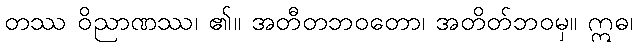
တဿ ဝိညာဏဿ၊ ၏။ အတီတဘဝတော၊ အတိတ်ဘဝမှ။ ဣဓ၊